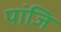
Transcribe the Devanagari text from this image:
पांजि